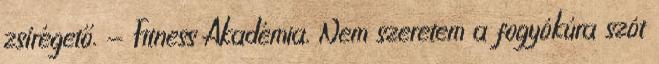
zsírégető. - Fitness Akadémia. Nem szeretem a fogyókúra szót